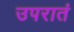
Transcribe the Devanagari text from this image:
उपरातं